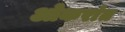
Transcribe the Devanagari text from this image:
ओकरांत